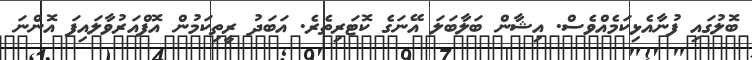
ބޮލުގައި ފުނާއެޅިކަމެއްވެސް. އިޝާން ބަލާބަލަ އޭނަގެ ކޮޓަރިތެރެ. އަބަދު ރީތިކަމުން އޮފްއަރުވާލައިފަ އޮންނަ